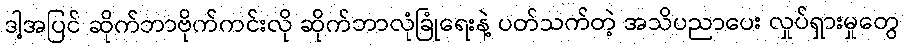
ဒါ့အပြင် ဆိုက်ဘာဗိုက်ကင်းလို ဆိုက်ဘာလုံခြုံရေးနဲ့ ပတ်သက်တဲ့ အသိပညာပေး လှုပ်ရှားမှုတွေ